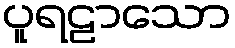
ပူရဠာသော